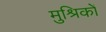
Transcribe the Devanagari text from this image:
मुश्रिकों